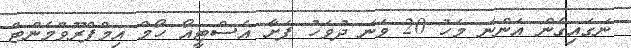
ނަގައިގެން އަންނަ މަހު 20 ވަނަ ދުވަހު ފަށާ އެސްޓީއޯ ހޯމް އިމްޕްރޫވްމެންޓް